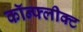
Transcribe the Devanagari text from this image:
कॉन्फ्लीक्ट